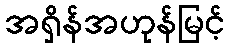
အရှိန်အဟုန်မြင့်